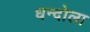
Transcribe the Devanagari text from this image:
धन्दोला